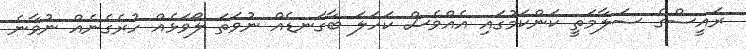
ރައީސްގެ ސަލާމަތީ ކަންކަމުގައި އެއްވެސް ކަހަލަ ބާގަނޑެއް ނުވަތަ ލޯވަޅެއް ހުރެގެނެއް ނުވާނެ